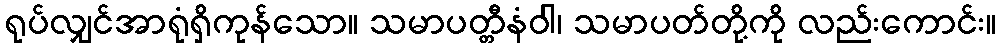
ရုပ်လျှင်အာရုံရှိကုန်သော။ သမာပတ္တီနံဝါ၊ သမာပတ်တို့ကို လည်းကောင်း။